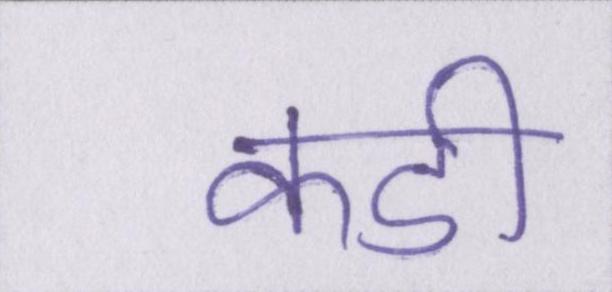
कडी